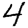
Digit: 4